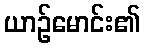
ယာဉ်မောင်း၏